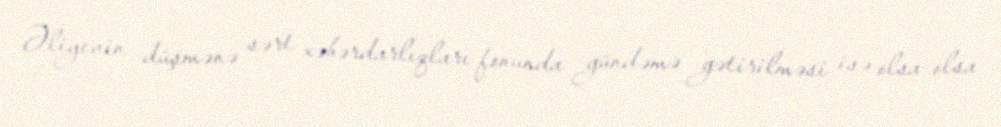
Əliyevin düşmənə sərt xəbərdarlıqları fonunda gündəmə gətirilməsi isə olsa-olsa